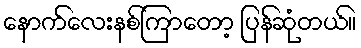
နောက်လေးနစ်ကြာတော့ ပြန်ဆုံတယ်။